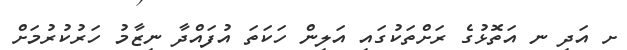
ށ އަދި ނ އަތޮޅުގެ ރަށްތަކުގައި އަލިން ހަކަތަ އުފައްދާ ނިޒާމު ހަރުކުރުމަށް